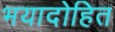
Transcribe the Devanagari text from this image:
भयादोहित